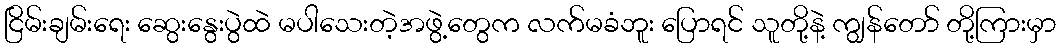
ငြိမ်းချမ်းရေး ဆွေးနွေးပွဲထဲ မပါသေးတဲ့အဖွဲ့တွေက လက်မခံဘူး ပြောရင် သူတို့နဲ့ ကျွန်တော် တို့ကြားမှာ